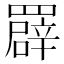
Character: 𦌠